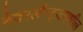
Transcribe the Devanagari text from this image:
नेदरलॅन्ड्ज़मधील